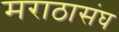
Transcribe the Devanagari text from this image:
मराठासंघ